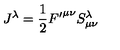
J ^ { \lambda } = \frac { 1 } { 2 } { F ^ { \prime } } ^ { { \mu } { \nu } } S _ { { \mu } { \nu } } ^ { \lambda }